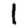
Digit: 1